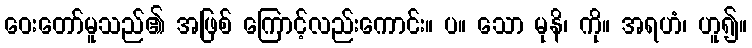
ဝေးတော်မူသည်၏ အဖြစ် ကြောင့်လည်းကောင်း။ ပ။ သော မုနိ၊ ကို။ အရဟံ၊ ဟူ၍။